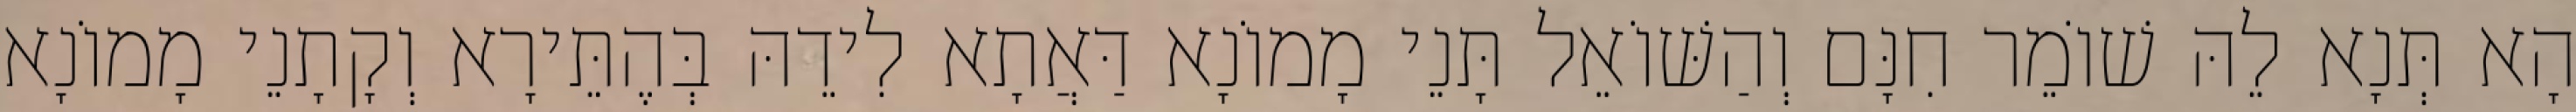
הָא תְּנָא לֵהּ שׁוֹמֵר חִנָּם וְהַשּׁוֹאֵל תָּנֵי מָמוֹנָא דַּאֲתָא לִידֵהּ בְּהֶתֵּירָא וְקָתָנֵי מָמוֹנָא